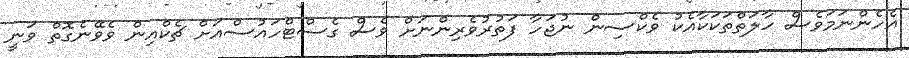
އެހެންނަމަވެސް ހާލަތްތަކަކާއެކު ވެކްސިން ނުޖަހާ ފަތުރުވެރިންނަށް ވެސް ގެސްޓްހައުސްއަށް ޗެކްއިން ވެވޭނެގޮތް ވަނީ